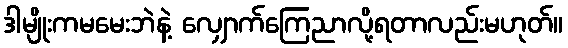
ဒါမျိုးကမမေးဘဲနဲ့ လျှောက်ကြေညာလို့ရတာလည်းမဟုတ်။